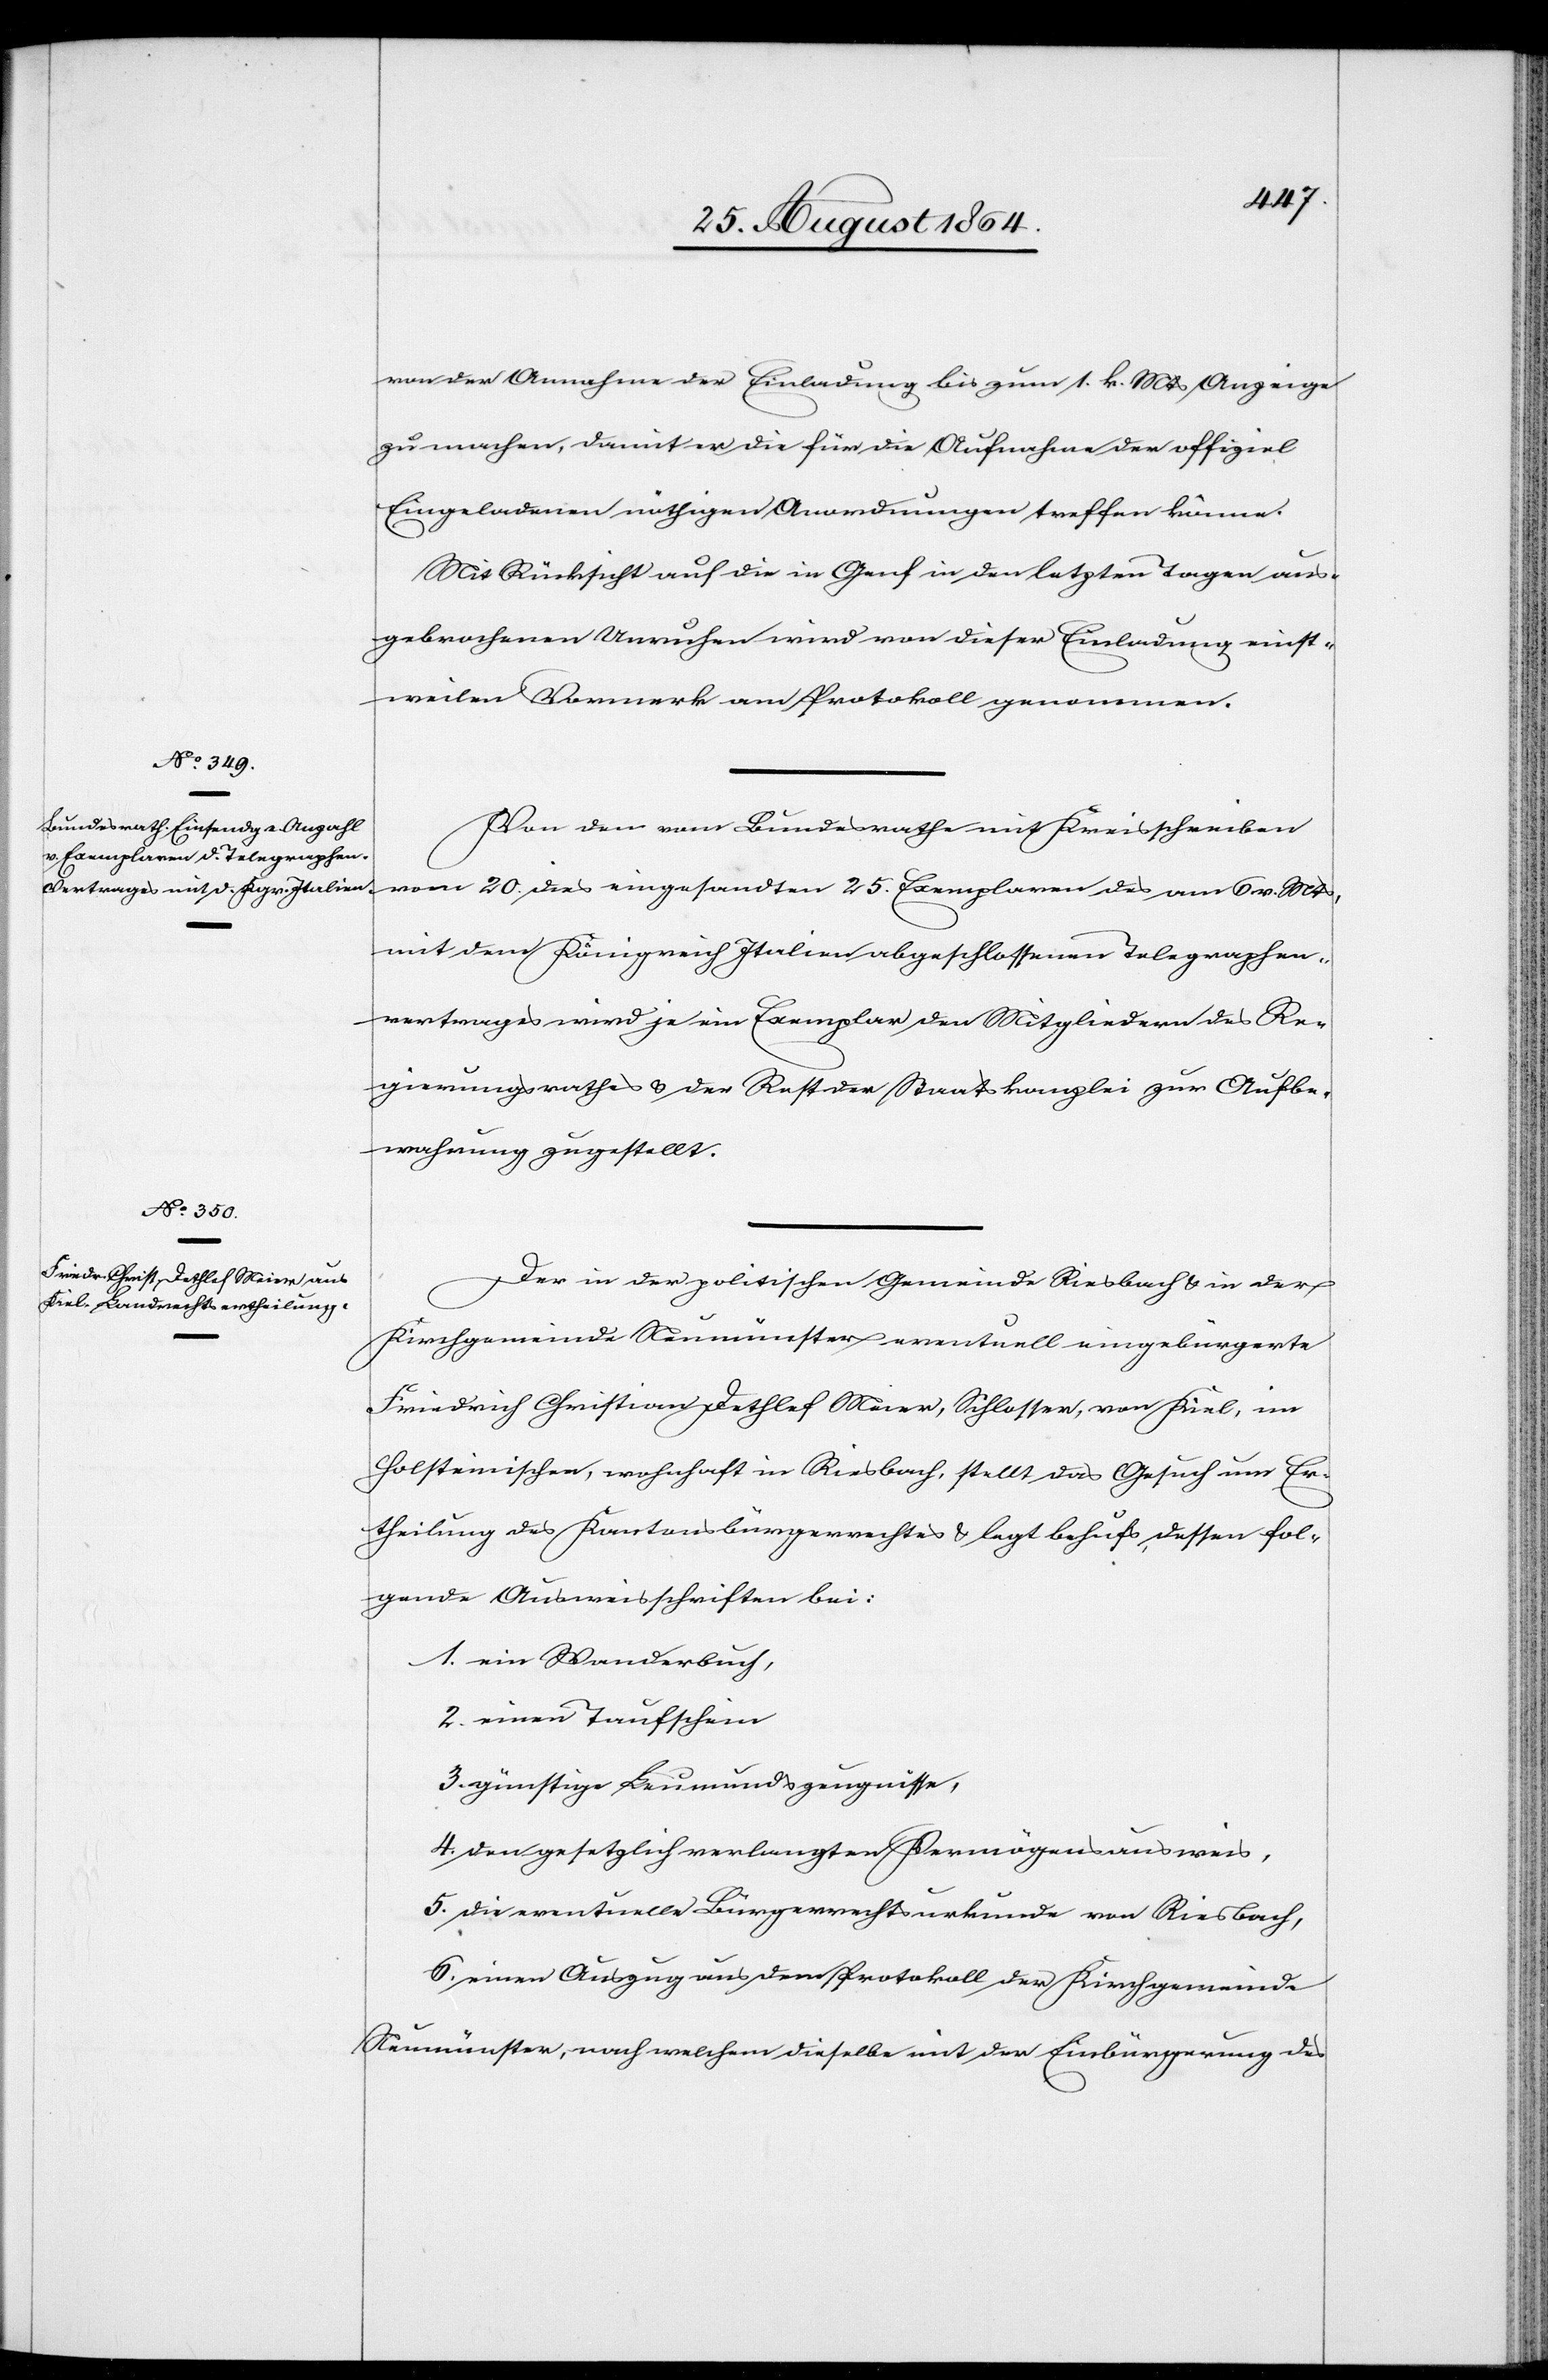
von der Annahme der Einladung bis zum 1. k. Mts Anzeige
zu machen, damit er die für die Aufnahme der offiziel
Eingeladenen nöthigen Anordnungen treffen könne.
Mit Rücksicht auf die in Genf in den letzten Tagen aus¬
gebrochenen Unruhen wird von dieser Einladung einst¬
weilen Vormerk am Protokoll genommen.
Von den vom Bundesrathe mit Kreisschreiben
vom 20. dies eingesandten 25. Exemplaren des am 6. v. Mts,
mit dem Königreich Italien abgeschlossenen Telegraphen¬
vertrages wird je ein Exemplar den Mitgliedern des Re¬
gierungsrathes & der Rest der Staatskanzlei zur Aufbe¬
wahrung zugestellt.
Der in der politischen Gemeinde Riesbach & in der
Kirchgemeinde Neumünster eventuell eingebürgerte
Friedrich Christian Dethlef Meier, Schlosser, von Kiel, im
Holsteinischen, wohnhaft in Riesbach, stellt das Gesuch um Er¬
theilung des Kantonsbürgerrechtes & legt behufs dessen fol¬
gende Ausweisschriften bei:
1. ein Wanderbuch,
2. einen Taufschein
3. günstige Leumundszeugnisse,
4. den gesetzlich verlangten Vermögensausweis,
5. die eventuelle Bürgerrechtsurkunde von Riesbach,
6. einen Auszug aus dem Protokoll der Kirchgemeinde
Neumünster, nach welchem dieselbe mit der Einbürgerung des